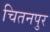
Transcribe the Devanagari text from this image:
चितनपुर